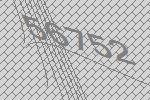
56752